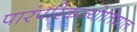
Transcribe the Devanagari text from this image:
पारंपरिकज्योतिषात